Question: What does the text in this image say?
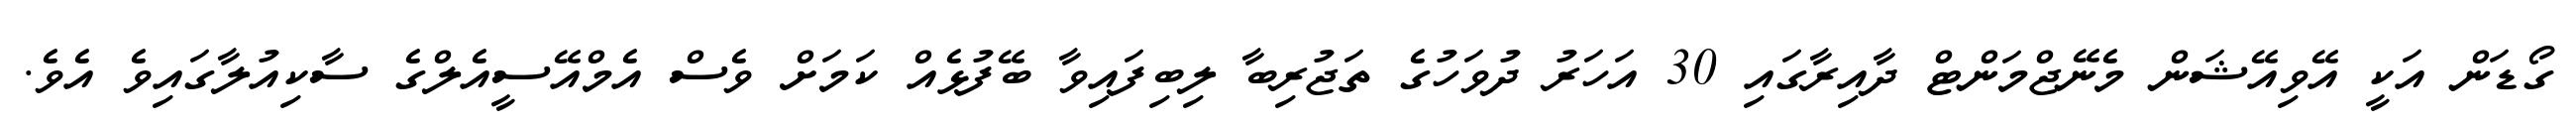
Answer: ގޯޑަން އަކީ އޭވިއޭޝަން މެނޭޖްމަންޓް ދާއިރާގައި 30 އަހަރު ދުވަހުގެ ތަޖުރިބާ ލިބިފައިވާ ބޭފުޅެއް ކަމަށް ވެސް އެމްއޭސީއެލްގެ ސާކިއުލާގައިވެ އެވެ.